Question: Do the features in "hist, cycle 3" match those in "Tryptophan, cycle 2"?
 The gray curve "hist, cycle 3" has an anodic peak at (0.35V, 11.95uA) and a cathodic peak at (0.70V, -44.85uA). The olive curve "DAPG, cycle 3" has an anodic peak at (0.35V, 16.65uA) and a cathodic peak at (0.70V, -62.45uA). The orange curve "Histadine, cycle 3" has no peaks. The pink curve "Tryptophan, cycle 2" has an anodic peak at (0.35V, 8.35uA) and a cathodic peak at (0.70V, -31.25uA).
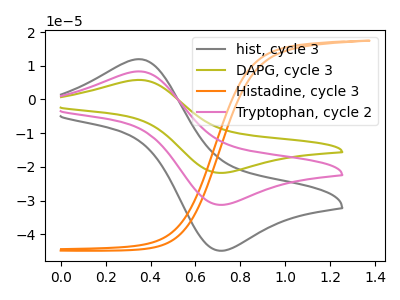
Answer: <think>All the peaks in "hist, cycle 3" have a peak in "Tryptophan, cycle 2" at the same potential. Every peak in "hist, cycle 3" is higher than every peak in "Tryptophan, cycle 2".
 </think>
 <answer>"hist, cycle 3" and "Tryptophan, cycle 2" are similar in shape.</answer>
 <eval>same_shape</eval>